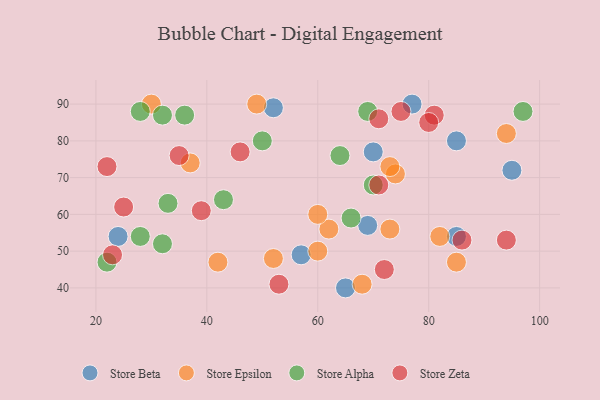
{"axis": {"x": "GDP", "y": "Life Expectancy"}, "legend": ["Store Alpha", "Store Beta", "Store Epsilon", "Store Zeta"], "data": [{"x": "77", "y": 90, "type": "Store Beta"}, {"x": "52", "y": 89, "type": "Store Beta"}, {"x": "24", "y": 54, "type": "Store Beta"}, {"x": "85", "y": 54, "type": "Store Beta"}, {"x": "70", "y": 77, "type": "Store Beta"}, {"x": "65", "y": 40, "type": "Store Beta"}, {"x": "57", "y": 49, "type": "Store Beta"}, {"x": "69", "y": 57, "type": "Store Beta"}, {"x": "85", "y": 80, "type": "Store Beta"}, {"x": "95", "y": 72, "type": "Store Beta"}, {"x": "62", "y": 56, "type": "Store Epsilon"}, {"x": "60", "y": 60, "type": "Store Epsilon"}, {"x": "37", "y": 74, "type": "Store Epsilon"}, {"x": "74", "y": 71, "type": "Store Epsilon"}, {"x": "52", "y": 48, "type": "Store Epsilon"}, {"x": "42", "y": 47, "type": "Store Epsilon"}, {"x": "49", "y": 90, "type": "Store Epsilon"}, {"x": "82", "y": 54, "type": "Store Epsilon"}, {"x": "60", "y": 50, "type": "Store Epsilon"}, {"x": "73", "y": 56, "type": "Store Epsilon"}, {"x": "68", "y": 41, "type": "Store Epsilon"}, {"x": "30", "y": 90, "type": "Store Epsilon"}, {"x": "85", "y": 47, "type": "Store Epsilon"}, {"x": "73", "y": 73, "type": "Store Epsilon"}, {"x": "94", "y": 82, "type": "Store Epsilon"}, {"x": "43", "y": 64, "type": "Store Alpha"}, {"x": "32", "y": 87, "type": "Store Alpha"}, {"x": "64", "y": 76, "type": "Store Alpha"}, {"x": "28", "y": 54, "type": "Store Alpha"}, {"x": "36", "y": 87, "type": "Store Alpha"}, {"x": "22", "y": 47, "type": "Store Alpha"}, {"x": "28", "y": 88, "type": "Store Alpha"}, {"x": "32", "y": 52, "type": "Store Alpha"}, {"x": "50", "y": 80, "type": "Store Alpha"}, {"x": "33", "y": 63, "type": "Store Alpha"}, {"x": "69", "y": 88, "type": "Store Alpha"}, {"x": "66", "y": 59, "type": "Store Alpha"}, {"x": "97", "y": 88, "type": "Store Alpha"}, {"x": "70", "y": 68, "type": "Store Alpha"}, {"x": "81", "y": 87, "type": "Store Zeta"}, {"x": "94", "y": 53, "type": "Store Zeta"}, {"x": "86", "y": 53, "type": "Store Zeta"}, {"x": "46", "y": 77, "type": "Store Zeta"}, {"x": "71", "y": 68, "type": "Store Zeta"}, {"x": "25", "y": 62, "type": "Store Zeta"}, {"x": "80", "y": 85, "type": "Store Zeta"}, {"x": "39", "y": 61, "type": "Store Zeta"}, {"x": "23", "y": 49, "type": "Store Zeta"}, {"x": "35", "y": 76, "type": "Store Zeta"}, {"x": "22", "y": 73, "type": "Store Zeta"}, {"x": "71", "y": 86, "type": "Store Zeta"}, {"x": "53", "y": 41, "type": "Store Zeta"}, {"x": "75", "y": 88, "type": "Store Zeta"}, {"x": "72", "y": 45, "type": "Store Zeta"}]}